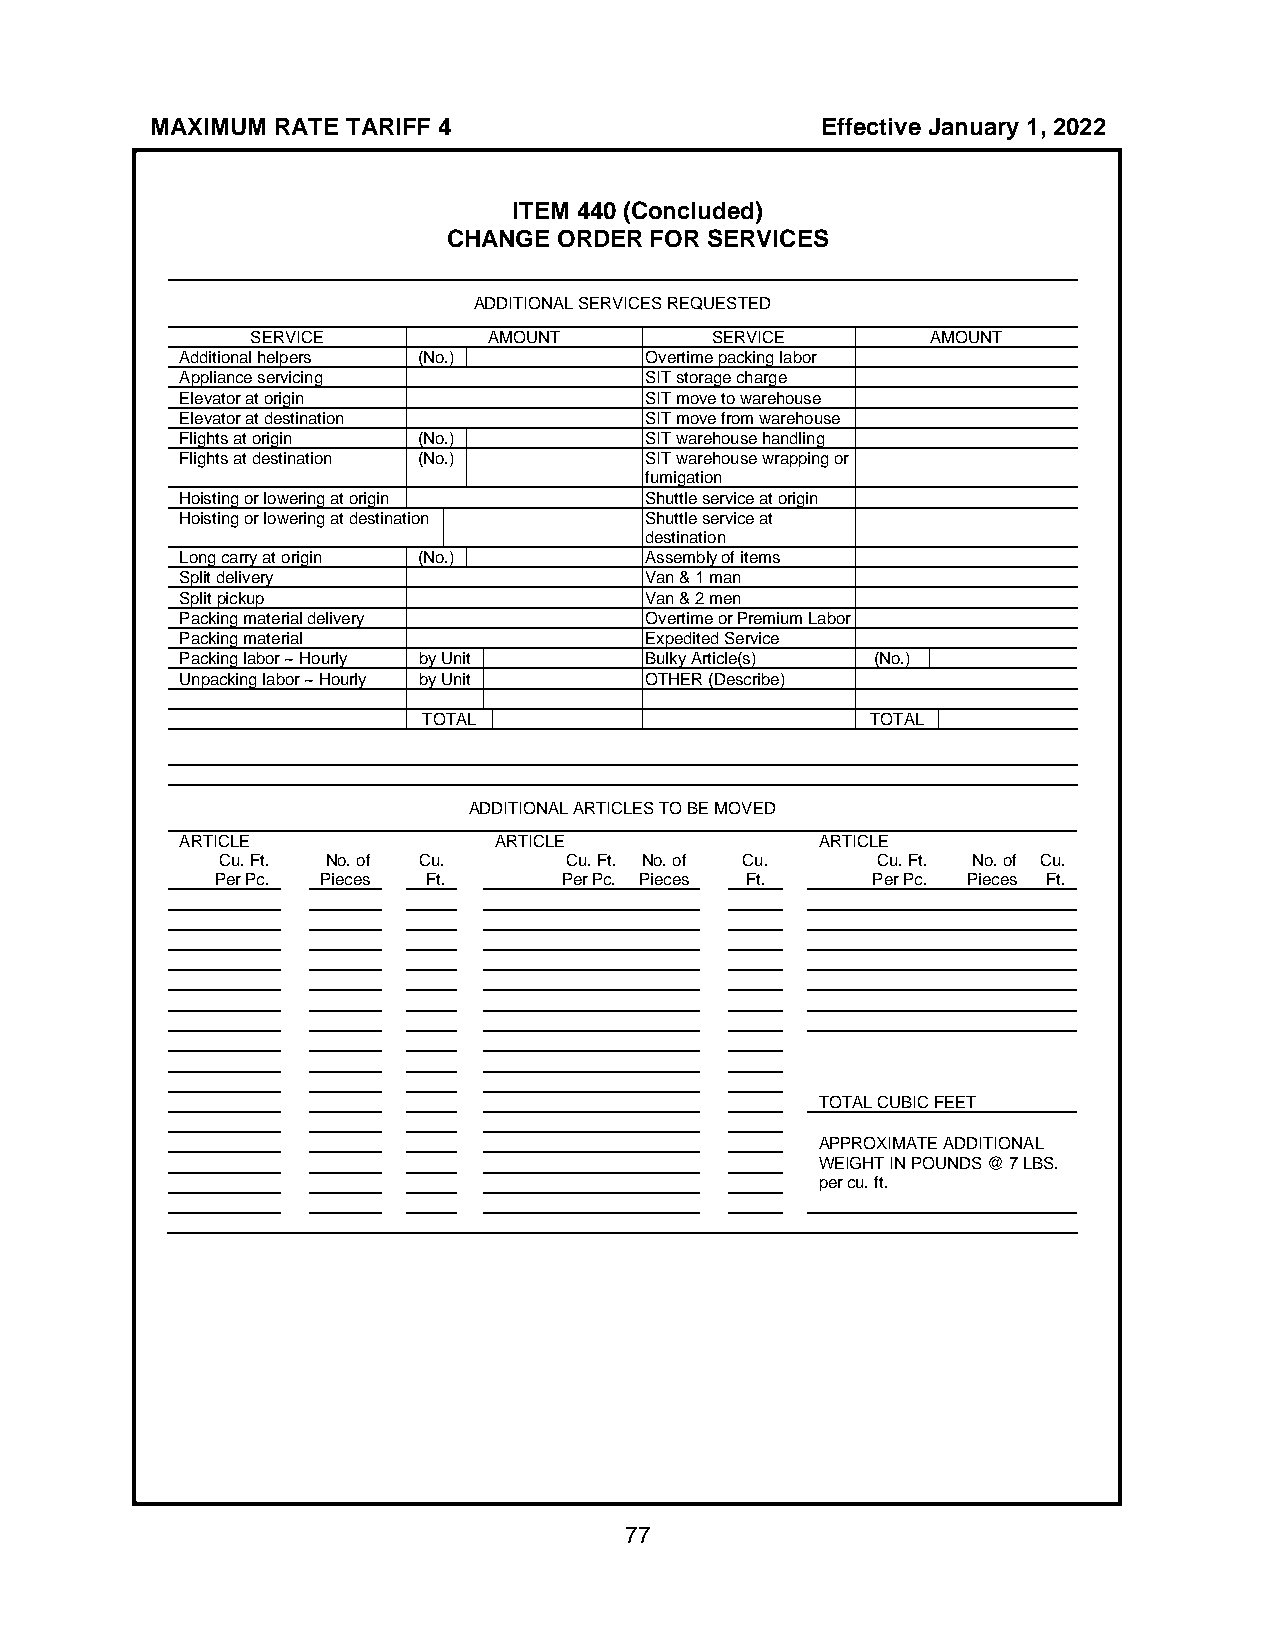
MAXIMUM RATE TARIFF 4                       Effective January 1, 2022
 ITEM 440 (Concluded)
 CHANGE ORDER FOR SERVICES
 ADDITIONAL SERVICES REQUESTED
 SERVICE        AMOUNT         SERVICE        AMOUNT
 Additional helpers (No.)       Overtime packing labor
 Appliance servicing            SIT storage charge
 Elevator at origin             SIT move to warehouse
 Elevator at destination        SIT move from warehouse
 Flights at origin (No.)        SIT warehouse handling
 Flights at destination (No.)   SIT warehouse wrapping or
 fumigation
 Hoisting or lowering at origin Shuttle service at origin
 Hoisting or lowering at destination Shuttle service at
 destination
 Long carry at origin (No.)     Assembly of items
 Split delivery                 Van & 1 man
 Split pickup                   Van & 2 men
 Packing material delivery      Overtime or Premium Labor
 Packing material               Expedited Service
 Packing labor ~ Hourly by Unit Bulky Article(s) (No.)
 Unpacking labor ~ Hourly by Unit OTHER (Describe)
 TOTAL                         TOTAL
 ADDITIONAL ARTICLES TO BE MOVED
 ARTICLE              ARTICLE              ARTICLE
 Cu. Ft. No. of Cu.    Cu. Ft. No. of Cu.   Cu. Ft. No. of Cu.
 Per Pc. Pieces Ft.     Per Pc. Pieces Ft.   Per Pc. Pieces Ft.
 TOTAL CUBIC FEET
 APPROXIMATE ADDITIONAL
 WEIGHT IN POUNDS @ 7 LBS.
 per cu. ft.
 77